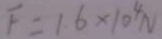
F = 1 . 6 \times 1 0 ^ { 4 } N